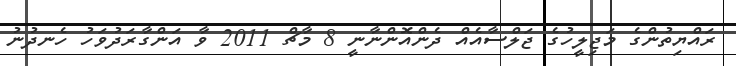
ރައްޔިތުންގެ މަޖިލީހުގެ ޖަލްސާއެއް ދެންއޮންނާނީ 8 މާޗް 2011 ވާ އަންގާރަދުވަހު ހެނދުނު